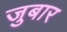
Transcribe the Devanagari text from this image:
जुबार